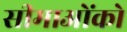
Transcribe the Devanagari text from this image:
सीमाओंको